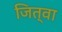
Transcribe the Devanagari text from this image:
जित्वा